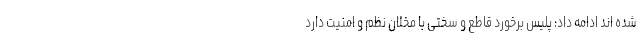
شده اند ادامه داد: پلیس برخورد قاطع و سختی با مخلان نظم و امنیت دارد